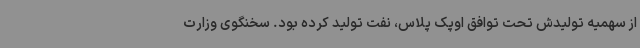
از سهمیه تولیدش تحت توافق اوپک پلاس، نفت تولید کرده بود. سخنگوی وزارت